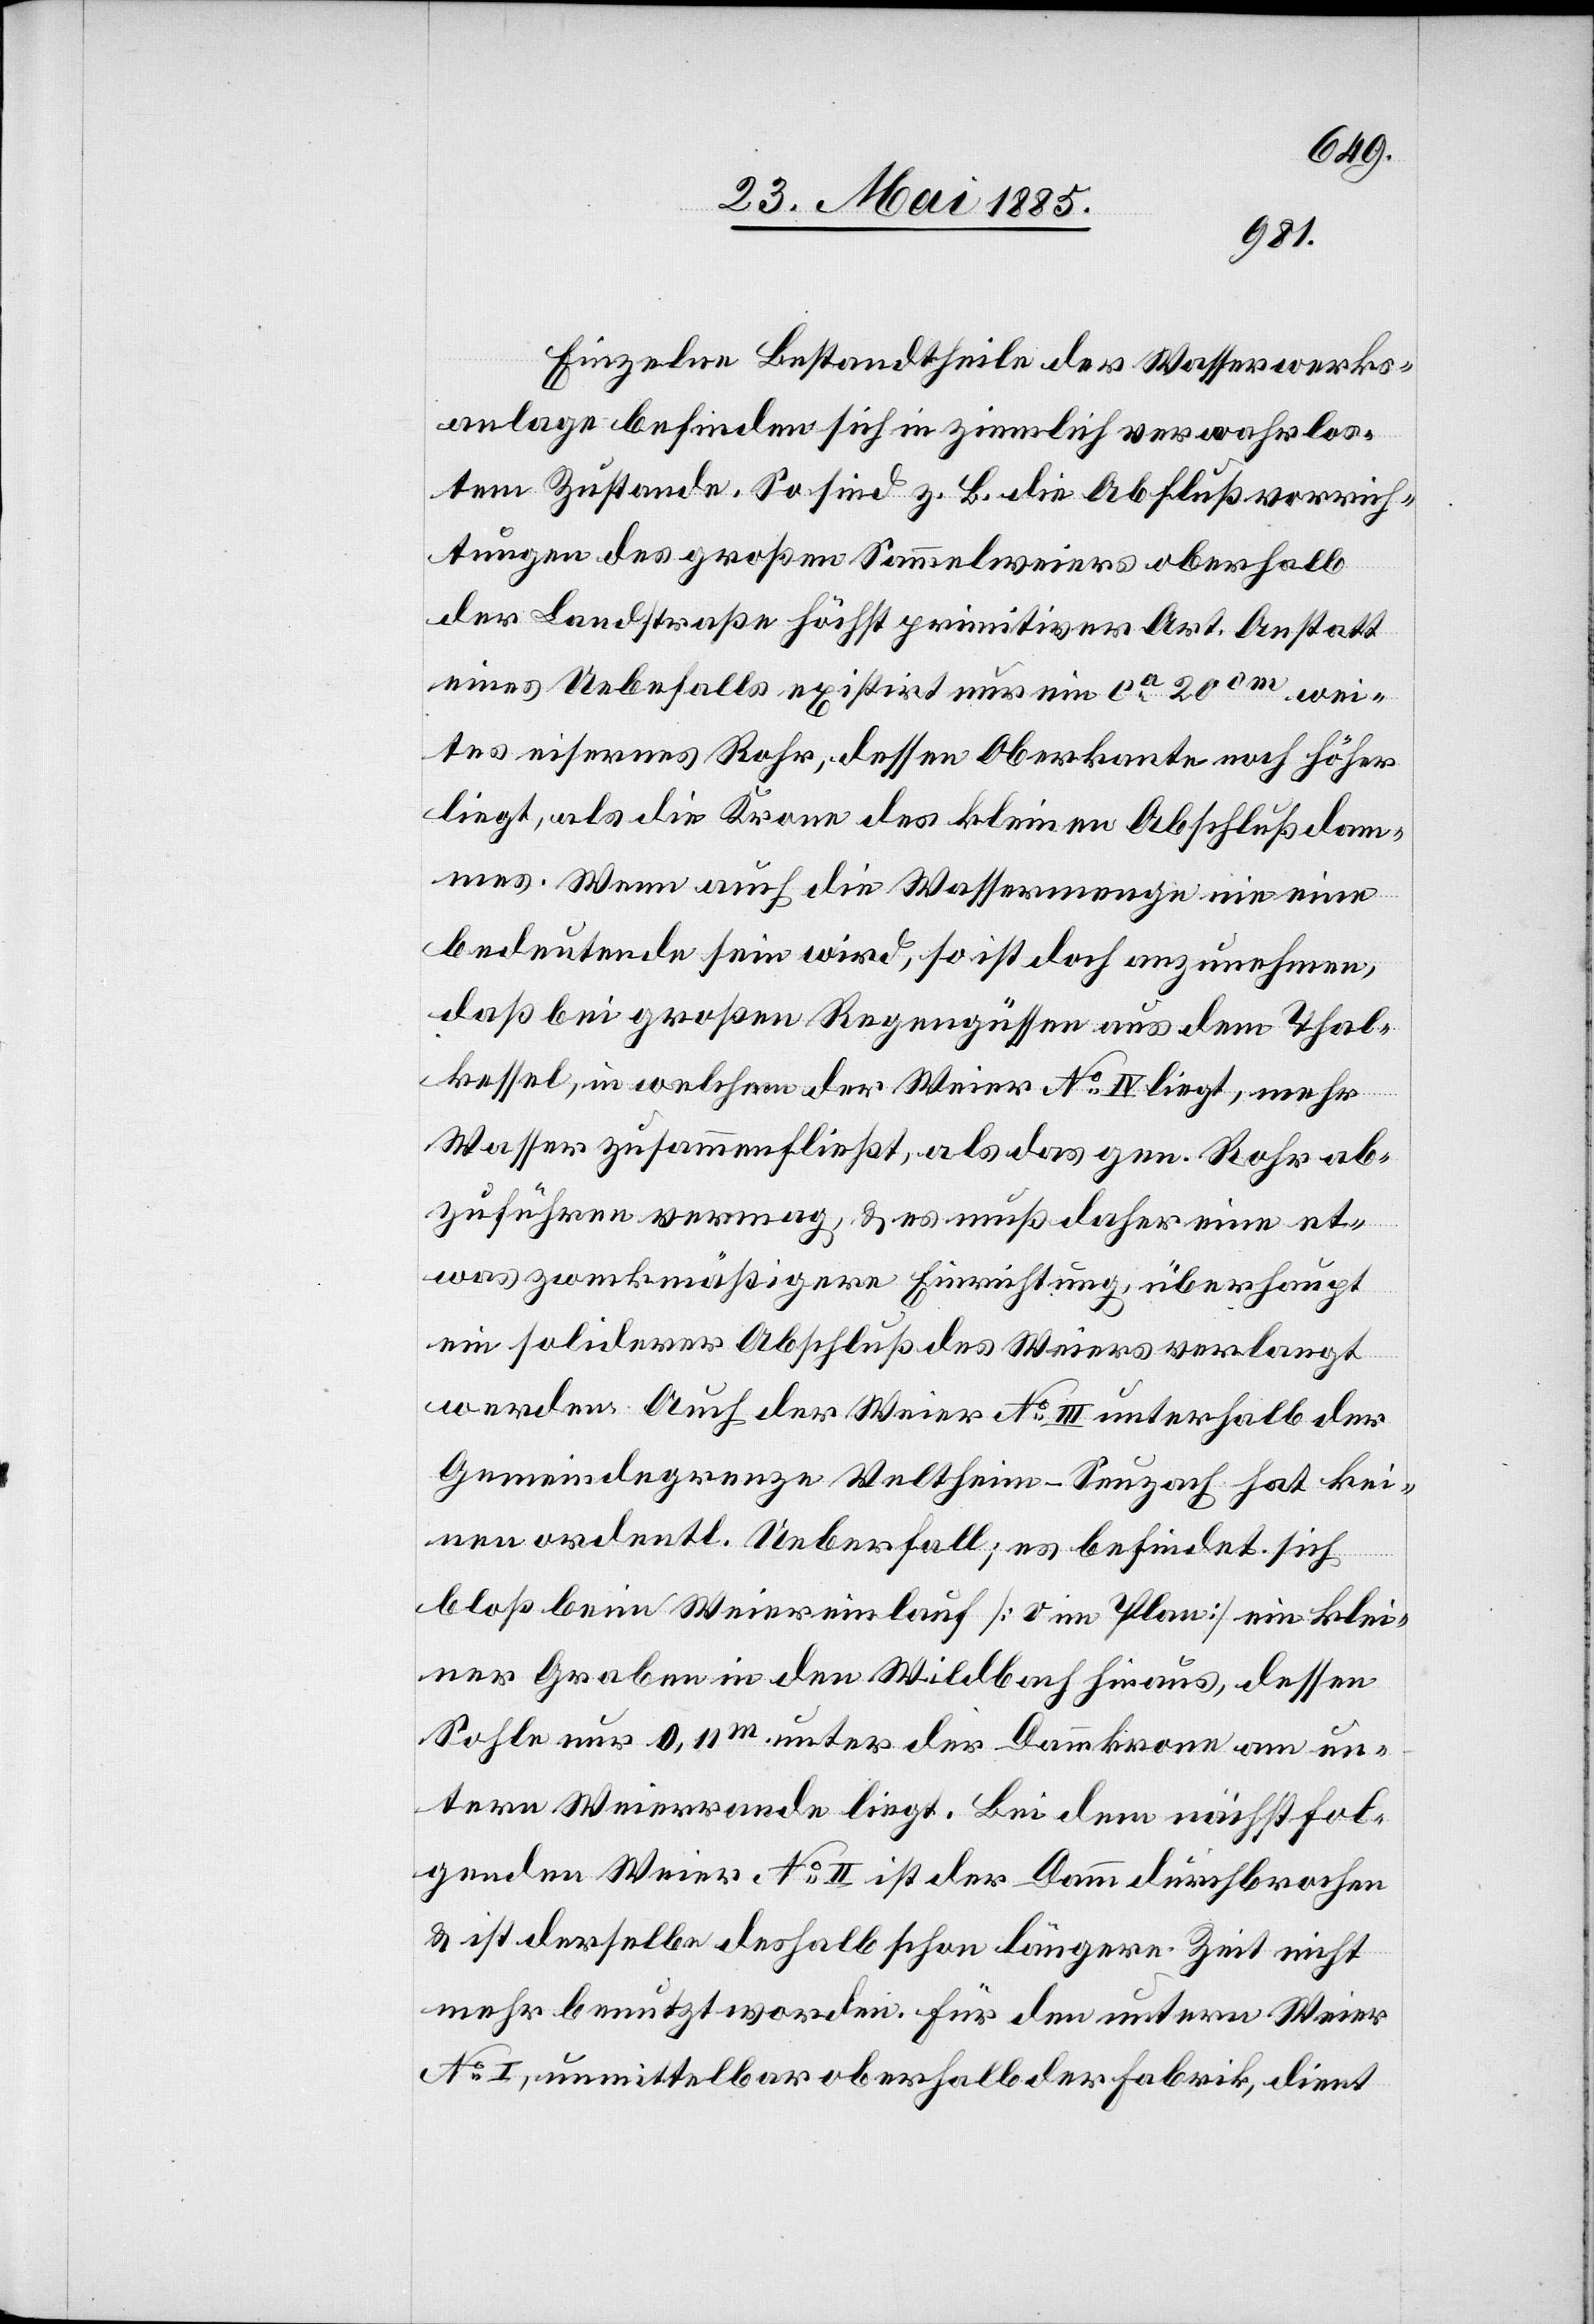
Einzelne Bestandtheile der Wasserwerks¬
anlage befinden sich in ziemlich verwahrlos¬
tem Zustande. So sind z. B die Abflußvorrich¬
tungen des großen Sammelweiers oberhalb
der Landstraße höchst primitiver Art. Anstatt
eines Ueberfalls existirt nur ein ca 200 m wei¬
tes eisernes Rohr, dessen Oberkante noch höher
liegt, als die Krone des kleinen Abschlußdam¬
mes. Wenn auch die Wassermenge nie eine
bedeutende sein wird, so ist doch anzunehmen,
daß bei großen Regengüssen aus dem Thal¬
kessel, in welchem der Weier No IV liegt, mehr
Wasser zusammenfließt, als das gen. Rohr ab¬
zuführen vermag, & es muß daher eine et¬
was zweckmäßigere Einrichtung, überhaupt
ein soliderer Abschluß des Weiers verlangt
werden. Auch der Weier No III unterhalb der
Gemeindegrenze Veltheim–Seuzach hat kei¬
nen ordentl. Ueberfall; es befindet sich
bloß beim Weiereinlauf [v im Plan] ein klei¬
ner Graben in den Wildbach hinaus, dessen
Sohle nur 0,11 m unter der Dammkrone am un¬
tern Weierrande liegt. Bei dem nächstfol¬
genden Weier No II ist der Damm durchbrochen
& ist derselbe deshalb schon längere Zeit nicht
mehr benutzt worden. Für den untern Weier
No I, unmittelbar oberhalb der Fabrik, dient